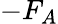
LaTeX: -F_{A}